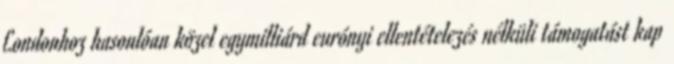
Londonhoz hasonlóan közel egymilliárd eurónyi ellentételezés nélküli támogatást kap